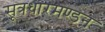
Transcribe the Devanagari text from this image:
सूत्रधारमण्डन